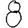
Digit: 8